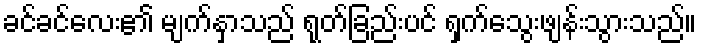
ခင်ခင်လေး၏ မျက်နှာသည် ရုတ်ခြည်းပင် ရှက်သွေးဖျန်းသွားသည်။